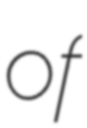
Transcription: of